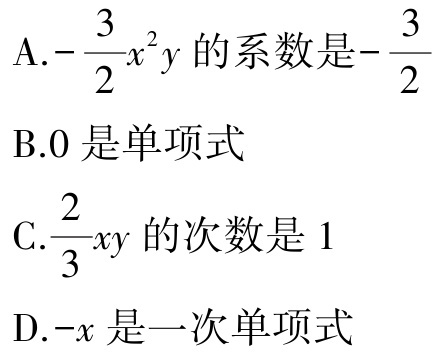
A.$-\frac{3}{2}x^{2}y$的系数是$-\frac{3}{2}$

B.$0$是单项式

C.$\frac{2}{3}xy$的次数是$1$

D.$-x$是一次单项式